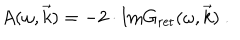
A ( \omega , \vec { k } ) = - 2 \cdot \mathrm { I m } G _ { \mathrm { r e t } } ( \omega , \vec { k } ) \ .